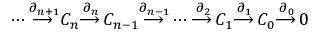
\dotsb { \overset { \partial _ { n + 1 } } { \longrightarrow \, } } C _ { n } { \overset { \partial _ { n } } { \longrightarrow \, } } C _ { n - 1 } { \overset { \partial _ { n - 1 } } { \longrightarrow \, } } \dotsb { \overset { \partial _ { 2 } } { \longrightarrow \, } } C _ { 1 } { \overset { \partial _ { 1 } } { \longrightarrow \, } } C _ { 0 } { \overset { \partial _ { 0 } } { \longrightarrow \, } } 0